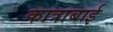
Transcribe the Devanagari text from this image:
कात्राबाई